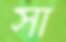
সা